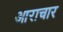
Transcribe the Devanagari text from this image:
आराचार